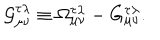
LaTeX: { \cal G } _ { \mu \nu } ^ { \tau \lambda } \equiv \Omega _ { \mu \nu } ^ { \tau \lambda } - G _ { \mu \nu } ^ { \tau \lambda } .